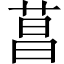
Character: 菖